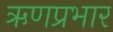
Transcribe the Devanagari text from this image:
ऋणप्रभार